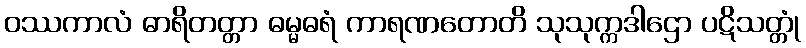
ဝဿကာလံ ဓာရိတတ္တာ ဓမ္မဓရံ ကာရဏတောတိ သုသုက္ကဒါဌော ပဋိသတ္တုံ